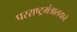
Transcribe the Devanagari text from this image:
परराष्ट्रमंत्रालयाने